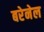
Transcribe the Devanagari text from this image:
बरेनेल